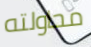
محاولته